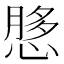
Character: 𫺲